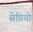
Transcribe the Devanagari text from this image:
सेप्रियो